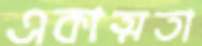
একাত্মতা